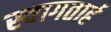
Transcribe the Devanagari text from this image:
स्‍वागतार्ह